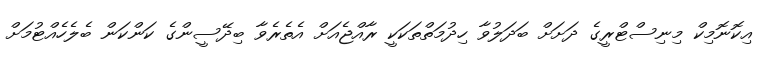
އިކޮނޮމިކް މިނިސްޓްރީގެ ދަށަށް ބަދަލުވާ ހިދުމަތްތަކަކީ ރާއްޖެއަށް އެތެރެވާ ބިދޭސީންގެ ކަންކަން ބެލެހެއްޓުމަށް